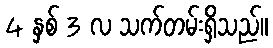
4 နှစ် 3 လ သက်တမ်းရှိသည်။